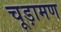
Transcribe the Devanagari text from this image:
चूड़ामण